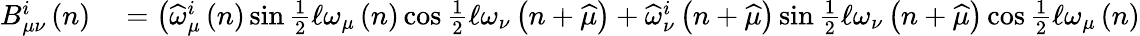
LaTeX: \begin{array}{rl}{B_{\mu\nu}^{i}\left(n\right)}&{{}=\left(\widehat{\omega}_{\mu}^{i}\left(n\right)\sin\frac{1}{2}\mathcal{\ell}\omega_{\mu}\left(n\right)\cos\frac{1}{2}\mathcal{\ell}\omega_{\nu}\left(n+\widehat{\mu}\right)+\widehat{\omega}_{\nu}^{i}\left(n+\widehat{\mu}\right)\sin\frac{1}{2}\mathcal{\ell}\omega_{\nu}\left(n+\widehat{\mu}\right)\cos\frac{1}{2}\mathcal{\ell}\omega_{\mu}\left(n\right)\right.}\end{array}